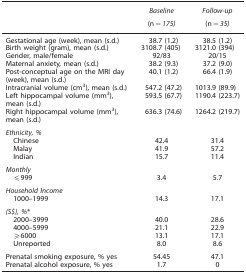
<table><thead><tr><td><b> </b></td><td><b><i>Baseline</i></b></td><td><b><i>Follow-up</i></b></td></tr><tr><td><b> </b></td><td><b>(n<i>=175)</i></b></td><td><b>(n<i>=35)</i></b></td></tr></thead><tbody><tr><td>Gestational age (week), mean (s.d.)</td><td>38.7 (1.2)</td><td>38.5 (1.2)</td></tr><tr><td>Birth weight (gram), mean (s.d.)</td><td>3108.7 (405)</td><td>3121.0 (394)</td></tr><tr><td>Gender, male/female</td><td>92/83</td><td>20/15</td></tr><tr><td>Maternal anxiety, mean (s.d.)</td><td>38.2 (9.3)</td><td>37.2 (9.0)</td></tr><tr><td>Post-conceptual age on the MRI day (week), mean (s.d.)</td><td>40.1 (1.2)</td><td>66.4 (1.9)</td></tr><tr><td>Intracranial volume (cm<sup>3</sup>), mean (s.d.)</td><td>547.2 (47.2)</td><td>1013.9 (89.9)</td></tr><tr><td>Left hippocampal volume (mm<sup>3</sup>), mean (s.d.)</td><td>593.5 (67.7)</td><td>1190.4 (223.7)</td></tr><tr><td>Right hippocampal volume (mm<sup>3</sup>), mean (s.d.)</td><td>636.3 (74.6)</td><td>1264.2 (219.7)</td></tr><tr><td colspan="3"><i>Ethnicity, %</i></td></tr><tr><td> Chinese</td><td>42.4</td><td>31.4</td></tr><tr><td> Malay</td><td>41.9</td><td>57.2</td></tr><tr><td> Indian</td><td>15.7</td><td>11.4</td></tr><tr><td colspan="3"><i>Monthly</i></td></tr><tr><td> ⩽999</td><td>3.4</td><td>5.7</td></tr><tr><td colspan="3"><i>Household Income</i></td></tr><tr><td> 1000–1999</td><td>14.3</td><td>17.1</td></tr><tr><td colspan="3"><i>(S</i><i>$), %</i>*</td></tr><tr><td> 2000–3999</td><td>40.0</td><td>28.6</td></tr><tr><td> 4000–5999</td><td>21.1</td><td>22.9</td></tr><tr><td> ⩾6000</td><td>13.1</td><td>17.1</td></tr><tr><td> Unreported</td><td>8.0</td><td>8.6</td></tr><tr><td>Prenatal smoking exposure, % yes</td><td>54.45</td><td>47.1</td></tr><tr><td>Prenatal alcohol exposure, % yes</td><td>1.7</td><td>0</td></tr></tbody></table>